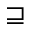
\sqsupseteq